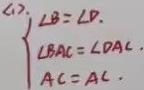
$\left\{\begin{array}{l}  \angle B=\angle D,\\ \angle BAC=\angle DAC,\\ AC=AC,\end{array}\right.$